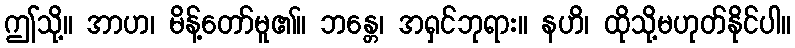
ဤသို့။ အာဟ၊ မိန့်တော်မူ၏။ ဘန္တေ၊ အရှင်ဘုရား။ နဟိ၊ ထိုသို့မဟုတ်နိုင်ပါ။